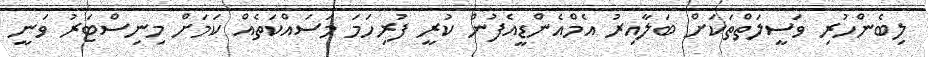
ލިބެންހުރި ވަސީލަތްތަކަށް ބަލާއިރު އެމްއެންޑީއެފުން ކުރީ ފުރިހަމަ މަސައްކަތެއް ކަމަށް މިނިސްޓަރު ވަނީ